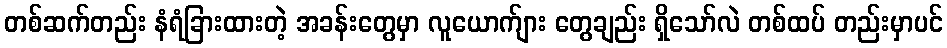
တစ်ဆက်တည်း နံရံခြားထားတဲ့ အခန်းတွေမှာ လူယောက်ျား တွေချည်း ရှိသော်လဲ တစ်ထပ် တည်းမှာပင်